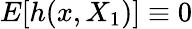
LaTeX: E[h(x,X_{1})]\equiv 0